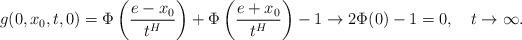
LaTeX: \begin{align*}g(0,x_0,t,0)=\Phi\left(\frac{e-x_0}{t^H}\right)+\Phi\left(\frac{e+x_0}{t^H}\right)-1\to2\Phi(0)-1=0,\quad t\to\infty.\end{align*}